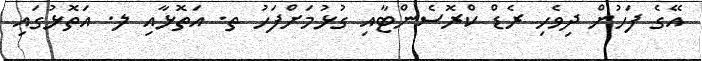
އޭގެ ފަހުން ދިވެހި ރެޑް ކްރޮސެންޓާއި ގުޅުމަށްފަހު ތ. އަތޮޅާއި ލ. އަތޮޅުގައި